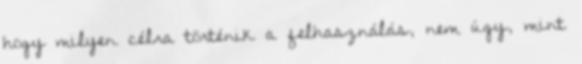
hogy milyen célra történik a felhasználás, nem úgy, mint